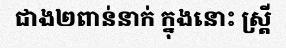
ជាង២ពាន់នាក់ ក្នុងនោះ ស្ត្រី